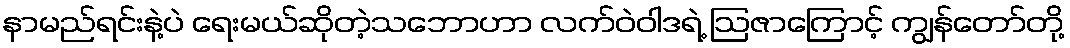
နာမည်ရင်းနဲ့ပဲ ရေးမယ်ဆိုတဲ့သဘောဟာ လက်ဝဲဝါဒရဲ့ ဩဇာကြောင့် ကျွန်တော်တို့